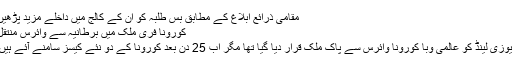
مقامی ذرائع ابلاغ کے مطابق بس طلبہ کو ان کے کالج میں داخلے مزید پڑھیں
کورونا فری ملک میں برطانیہ سے وائرس منتقل
نیوزی لینڈ کو عالمی وبا کورونا وائرس سے پاک ملک قرار دیا گیا تھا مگر اب 25 دن بعد کورونا کے دو نئے کیسز سامنے آئے ہیں۔